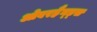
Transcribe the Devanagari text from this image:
ओवरहैन्ड्स